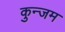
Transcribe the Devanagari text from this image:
कुन्जम